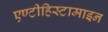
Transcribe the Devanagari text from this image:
एण्टीहिस्टामाइन